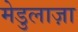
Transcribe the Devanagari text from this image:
मेडुलाज़ा